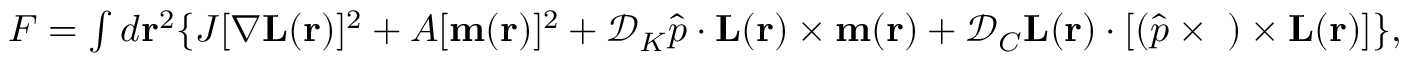
\begin{array} { r } { F = \int { d { \bf { r } } ^ { 2 } } \{ J [ \nabla { \bf { L } } ( { \bf { r } } ) ] ^ { 2 } + A [ { \bf { m } } ( { \bf { r } } ) ] ^ { 2 } + \mathcal { D } _ { K } \hat { p } \cdot { \bf { L } } ( { \bf { r } } ) \times { \bf { m } } ( { \bf { r } } ) + \mathcal { D } _ { C } { \bf { L } } ( { \bf { r } } ) \cdot [ ( \hat { p } \times { \bf { \nabla } } ) \times { \bf { L } } ( \bf { r } ) ] \} , } \end{array}